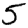
Digit: 5